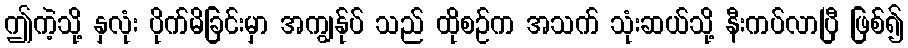
ဤကဲ့သို့ နှလုံး ပိုက်မိခြင်းမှာ အကျွန်ုပ် သည် ထိုစဉ်က အသက် သုံးဆယ်သို့ နီးကပ်လာပြီ ဖြစ်၍